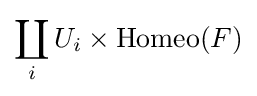
\coprod _{i}U_{i}\times \operatorname {Homeo} (F)